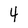
Character: 4